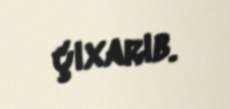
çıxarıb.